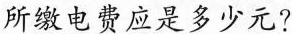
所缴电费应是多少元?